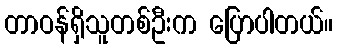
တာဝန်ရှိသူတစ်ဦးက ပြောပါတယ်။